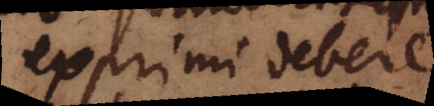
exprimi debere